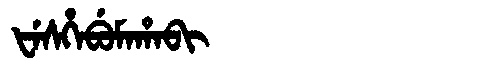
Manchu: ᡶᡝᠰᡥᡝᠪᡠᠮᠠᡥᠠᠪᡳ
Romanization: FESHEBUMAHABI